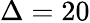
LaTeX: \Delta=20